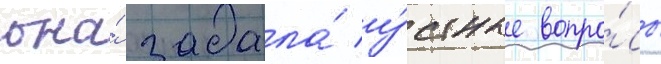
она́ задала́ у́стные вопро́сы